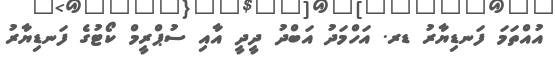
އުއްތަމަ ފަނޑިޔާރު ޑރ. އަހްމަދު އަބްދު ދީދީ އާއި ސުޕްރީމް ކޯޓުގެ ފަނޑިޔާރު